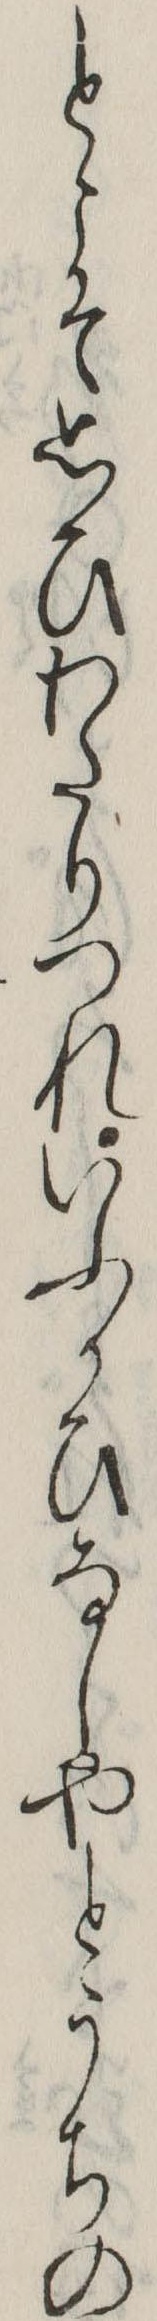
とこそ思ひわたりつれいふかひなしやとうちの